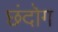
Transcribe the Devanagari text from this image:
छंदोग